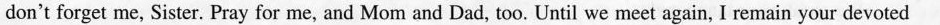
don't forget me, Sister. Pray for me, and Mom and Dad, too. Until we meet again, I remain your devoted